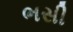
ભસી